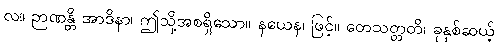
လ။ ဉာဏန္တိ အာဒိနာ၊ ဤသို့အစရှိသော။ နယေန၊ ဖြင့်။ တေသတ္တတိ၊ ခုနှစ်ဆယ့်